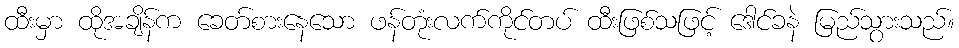
ထီးမှာ ထိုအချိန်က ခေတ်စားနေသော ဖန်တုံးလက်ကိုင်တပ် ထီးဖြစ်သဖြင့် ဒေါင်ခနဲ မြည်သွားသည်။